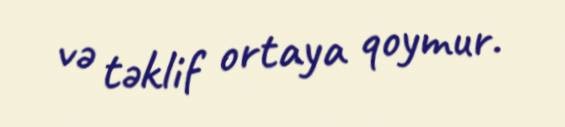
və təklif ortaya qoymur.